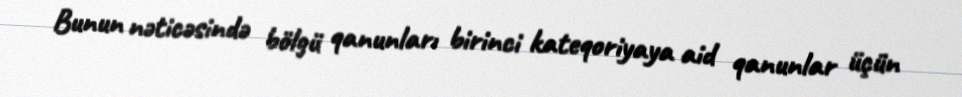
Bunun nəticəsində bölgü qanunları birinci kateqoriyaya aid qanunlar üçün